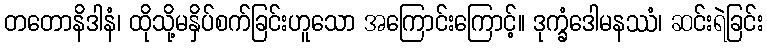
တတောနိဒါနံ၊ ထိုသို့မနှိပ်စက်ခြင်းဟူသော အကြောင်းကြောင့်။ ဒုက္ခံဒေါမနဿံ၊ ဆင်းရဲခြင်း